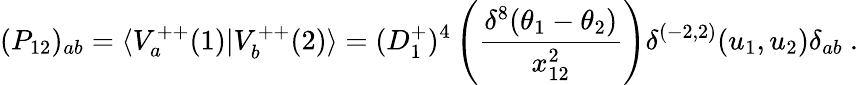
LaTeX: (P_{12})_{ab}=\langle V_{a}^{++}(1)\vert V_{b}^{++}(2)\rangle=(D_{1}^{+})^{4}\left({\frac{\delta^{8}(\theta_{1}-\theta_{2})}{x_{12}^{2}}}\right)\delta^{(-2,2)}(u_{1},u_{2})\delta_{ab}\ .